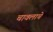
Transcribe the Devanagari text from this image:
चावलाचे